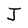
Character: J